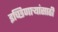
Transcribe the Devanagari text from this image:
इच्छिणाऱ्यांसाठी